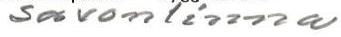
Savonlinna